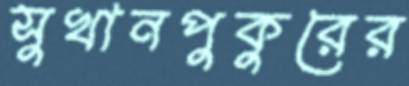
সুখানপুকুরের